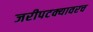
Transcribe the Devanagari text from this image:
जरीपटक्यावरच